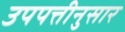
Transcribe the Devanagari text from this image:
उपपत्तीनुसार